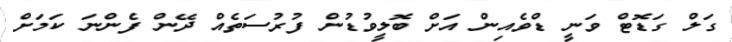
ގަލް ގަޑޮޓް ވަނީ ޑްވެއިން އަށް ބޮލީވުޑުން ފުރުސަތެއް ދޭން ފެންނަ ކަމަށް